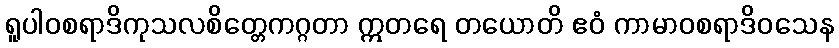
ရူပါဝစရာဒိကုသလစိတ္တေကဂ္ဂတာ ဣတရေ တယောတိ ဧဝံ ကာမာဝစရာဒိဝသေန